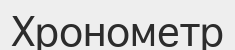
Хронометр